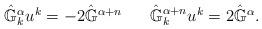
LaTeX: \begin{align*} \begin{array}{lcl}\hat{\mathbb{G}}^{\alpha}_k u^k = -2 \hat{\mathbb{G}}^{\alpha+n} & &\hat{\mathbb{G}}^{\alpha+n}_k u^k = 2\hat{\mathbb{G}}^{\alpha}. \end{array}\end{align*}